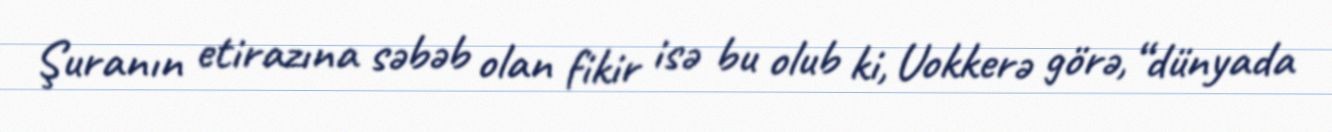
Şuranın etirazına səbəb olan fikir isə bu olub ki, Uokkerə görə, “dünyada